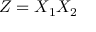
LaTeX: Z = X _ { 1 } X _ { 2 }